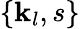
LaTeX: \{ \textbf{k}_{l},s\}